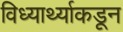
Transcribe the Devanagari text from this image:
विध्यार्थ्याकडून